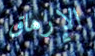
الإرهاق